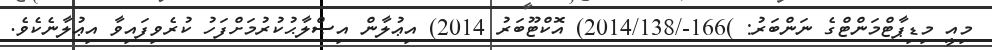
މިއީ މިޑިޕާޓްމަންޓްގެ ނަންބަރު: )166-/2014/138) އޮކްޓޫބަރު 2014) އިޢުލާން އިޞްލާޙުކުރުމަށްފަހު ކުރެވިފައިވާ އިޢުލާނެކެވެ.